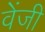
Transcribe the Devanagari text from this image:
वेंजी